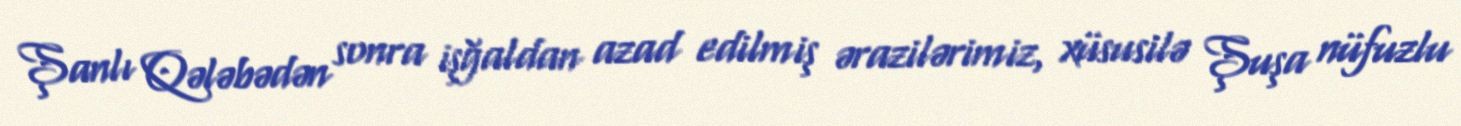
Şanlı Qələbədən sonra işğaldan azad edilmiş ərazilərimiz, xüsusilə Şuşa nüfuzlu